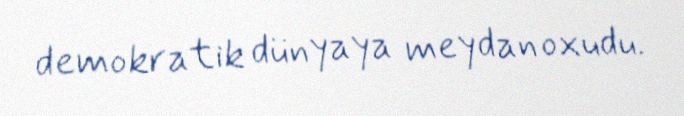
demokratik dünyaya meydan oxudu.